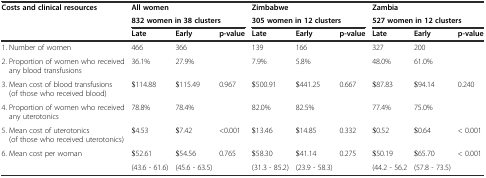
<table><thead><tr><td><b>Costs and clinical resources</b></td><td colspan="3"><b>All women</b></td><td colspan="3"><b>Zimbabwe</b></td><td colspan="3"><b>Zambia</b></td></tr><tr><td></td><td colspan="3"><b>832 women in 38 clusters</b></td><td colspan="3"><b>305 women in 12 clusters</b></td><td colspan="3"><b>527 women in 12 clusters</b></td></tr><tr><td></td><td><b>Late</b></td><td><b>Early</b></td><td><b>p-value</b></td><td><b>Late</b></td><td><b>Early</b></td><td><b>p-value</b></td><td><b>Late</b></td><td><b>Early</b></td><td><b>p-value</b></td></tr></thead><tbody><tr><td>1. Number of women</td><td>466</td><td>366</td><td></td><td>139</td><td>166</td><td></td><td>327</td><td>200</td><td></td></tr><tr><td>2. Proportion of women who received any blood transfusions</td><td>36.1%</td><td>27.9%</td><td></td><td>7.9%</td><td>5.8%</td><td></td><td>48.0%</td><td>61.0%</td><td></td></tr><tr><td>3. Mean cost of blood transfusions (of those who received blood)</td><td>$114.88</td><td>$115.49</td><td>0.967</td><td>$500.91</td><td>$441.25</td><td>0.667</td><td>$87.83</td><td>$94.14</td><td>0.240</td></tr><tr><td>4. Proportion of women who received any uterotonics</td><td>78.8%</td><td>78.4%</td><td></td><td>82.0%</td><td>82.5%</td><td></td><td>77.4%</td><td>75.0%</td><td></td></tr><tr><td>5. Mean cost of uterotonics (of those who received uterotonics)</td><td>$4.53</td><td>$7.42</td><td>&lt;0.001</td><td>$13.46</td><td>$14.85</td><td>0.332</td><td>$0.52</td><td>$0.64</td><td>&lt; 0.001</td></tr><tr><td>6. Mean cost per woman</td><td>$52.61</td><td>$54.56</td><td>0.765</td><td>$58.30</td><td>$41.14</td><td>0.275</td><td>$50.19</td><td>$65.70</td><td>&lt; 0.001</td></tr><tr><td></td><td>(43.6 - 61.6)</td><td>(45.6 - 63.5)</td><td></td><td>(31.3 - 85.2)</td><td>(23.9 - 58.3)</td><td></td><td>(44.2 - 56.2</td><td>(57.8 - 73.5)</td><td></td></tr></tbody></table>